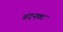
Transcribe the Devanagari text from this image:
चंदनका